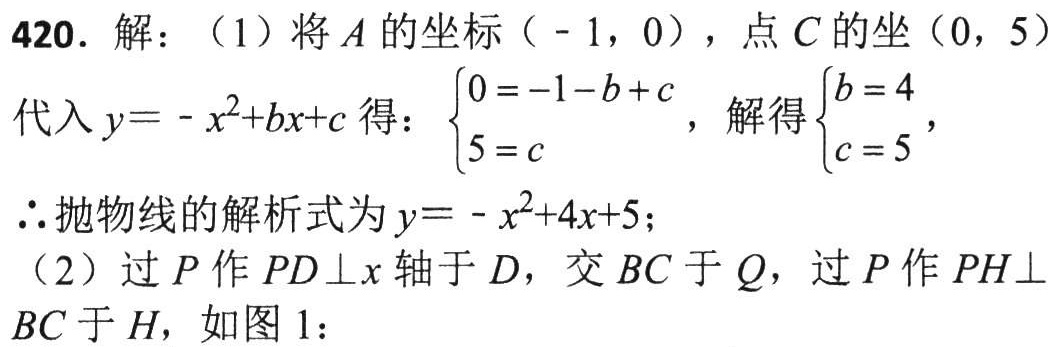
420. 解：（1）将\(A\)的坐标（\(-1,0\)），点\(C\)的坐（\(0,5\)）
代入\(y = -x^{2}+bx + c\)得：\(\begin{cases}0=-1 - b + c\\5 = c\end{cases}\)，解得\(\begin{cases}b = 4\\c = 5\end{cases}\)，
\(\therefore\)抛物线的解析式为\(y=-x^{2}+4x + 5\)；
（2）过\(P\)作\(PD\perp x\)轴于\(D\)，交\(BC\)于\(Q\)，过\(P\)作\(PH\perp BC\)于\(H\)，如图1：